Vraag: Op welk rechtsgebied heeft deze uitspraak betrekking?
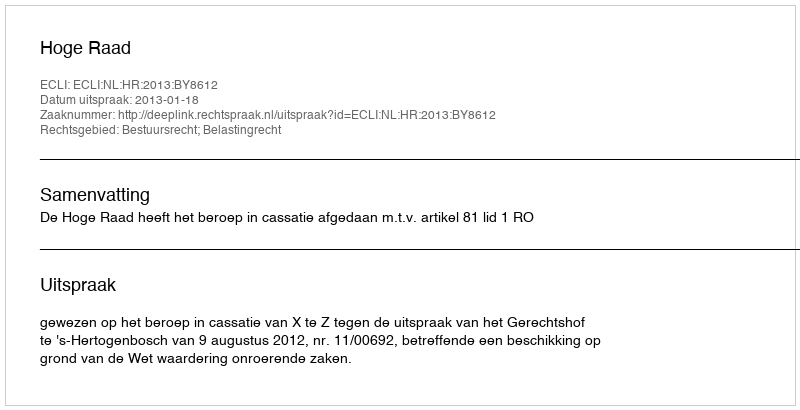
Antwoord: Bestuursrecht; Belastingrecht